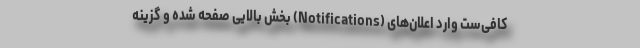
کافی‌ست وارد اعلان‌های (Notifications) بخش بالایی صفحه شده و گزینه